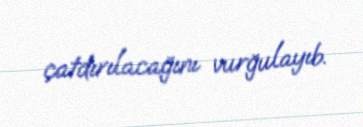
çatdırılacağını vurğulayıb.